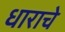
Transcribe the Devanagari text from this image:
धाराचे